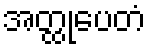
အတ္ထုပေတံ